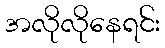
အလိုလိုနေရင်း